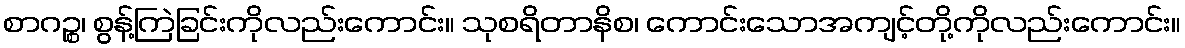
စာဂဉ္စ၊ စွန့်ကြဲခြင်းကိုလည်းကောင်း။ သုစရိတာနိစ၊ ကောင်းသောအကျင့်တို့ကိုလည်းကောင်း။